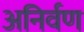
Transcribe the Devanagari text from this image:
अनिर्वण